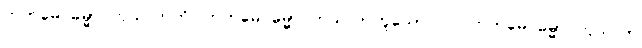
ကတမေ ဓမ္မာ ကုသလာတိ၊ ကတမေ ဓမ္မာ ကုသလာဟူသော။ ဝါ၊ ကတမေ ဓမ္မာ ကုသလာ